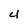
Character: 4